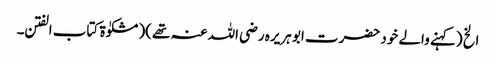
الخ (کہنے والے خود حضرت ابو ہریرہ رضی اللہ عنہ تھے )(مشکوٰۃ کتاب الفتن ۔